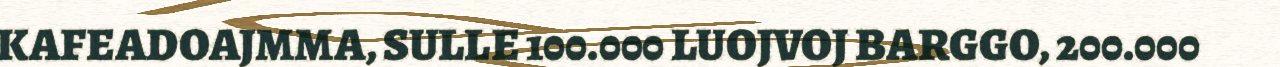
KAFEADOAJMMA, SULLE 100.000 LUOJVOJ BARGGO, 200.000